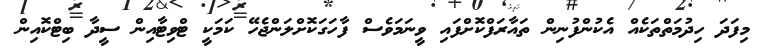
މިފަދަ ހިދުމަތްތަކެއް އެކުންފުނިން ތައާރަފްކޮށްފައި ވީނަމަވެސް ފާހަގަކޮށްލަންޖެހޭ ކަމަކީ ޓްވިޓާއިން ސީދާ ބިޓްކޮއިން